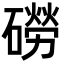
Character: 磱